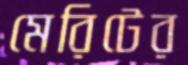
মেরিটের